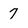
Character: 7